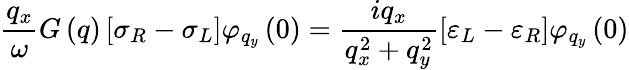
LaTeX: \frac{{{q}_{x}}}{\omega}G\left(q\right)\left[{{\sigma}_{R}}-{{\sigma}_{L}}\right]{{\varphi}_{{{q}_{y}}}}\left(0\right)=\frac{i{{q}_{x}}}{q_{x}^{2}+q_{y}^{2}}\left[{{\varepsilon}_{L}}-{{\varepsilon}_{R}}\right]{{\varphi}_{{{q}_{y}}}}\left(0\right)